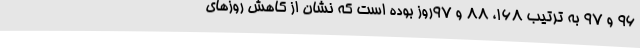
96 و 97 به ترتیب 168، 88 و 97روز بوده است که نشان از کاهش روزهای